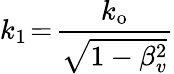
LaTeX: k_{1}\! =\! \frac{k_{\mathrm{o}}}{\sqrt{1-\beta_{v}^{2}}}